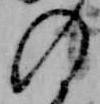
の